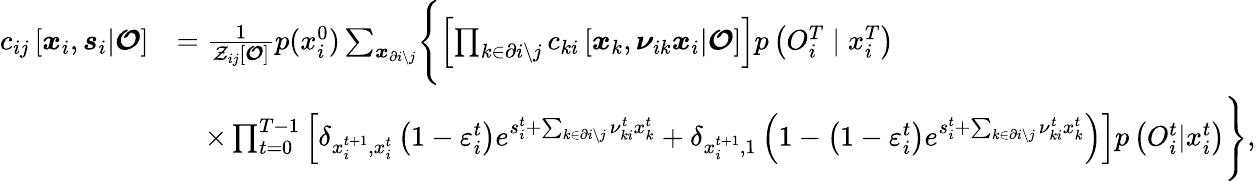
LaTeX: \begin{array}{rl}{c_{ij}\left[\boldsymbol{x}_{i},\boldsymbol{s}_{i}|\boldsymbol{\mathcal{O}}\right]}&{=\frac{1}{\mathcal{Z}_{ij}\left[\boldsymbol{\mathcal{O}}\right]}p(x_{i}^{0})\sum_{\boldsymbol{x}_{\partial i\setminus j}}\Biggl\{ \left[\prod_{k\in\partial i\setminus j}c_{ki}\left[\boldsymbol{x}_{k},\boldsymbol{\nu}_{ik}\boldsymbol{x}_{i}|\boldsymbol{\mathcal{O}}\right]\right]p\left({O}_{i}^{T}\mid x_{i}^{T}\right)}\\ &{\quad\times\prod_{t=0}^{T-1}\left[\delta_{x_{i}^{t+1},x_{i}^{t}}\left(1-\varepsilon_{i}^{t}\right)e^{s_{i}^{t}+\sum_{k\in\partial i\setminus j}\nu_{ki}^{t}x_{k}^{t}}+\delta_{x_{i}^{t+1},1}\left(1-\left(1-\varepsilon_{i}^{t}\right)e^{s_{i}^{t}+\sum_{k\in\partial i\setminus j}\nu_{ki}^{t}x_{k}^{t}}\right)\right]p\left({O}_{i}^{t}|x_{i}^{t}\right)\Biggr\} ,}\end{array}